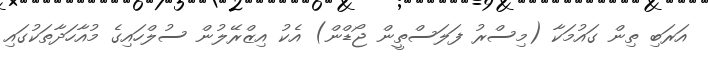
އަރަބި ތިން ގައުމަކާ (މިސްރު ފަލަސްތީން ޖޯޑްން) އެކު އިޒްރޭލުން ސުލްހައިގެ މުއާހަދާތަކުގައި